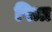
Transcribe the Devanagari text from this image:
पित्रा